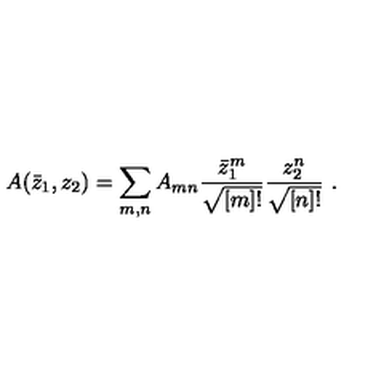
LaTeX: A ( \bar { z } _ { 1 } , z _ { 2 } ) = \sum _ { m , n } A _ { m n } \frac { \bar { z } _ { 1 } ^ { m } } { \sqrt { [ m ] ! } } \frac { z _ { 2 } ^ { n } } { \sqrt { [ n ] ! } } \ .